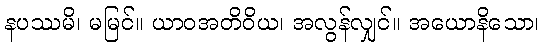
နပဿမိ၊ မမြင်။ ယာဝအတိဝိယ၊ အလွန်လျှင်။ အယောနိသော၊